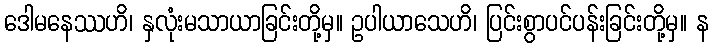
ဒေါမနေဿဟိ၊ နှလုံးမသာယာခြင်းတို့မှ။ ဥပါယာသေဟိ၊ ပြင်းစွာပင်ပန်းခြင်းတို့မှ။ န